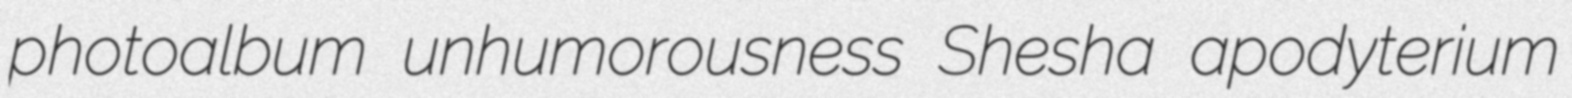
photoalbum unhumorousness Shesha apodyterium